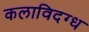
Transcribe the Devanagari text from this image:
कलाविदग्ध